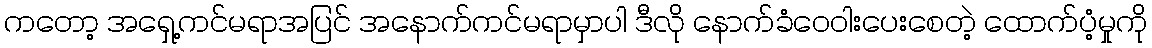
ကတော့ အရှေ့ကင်မရာအပြင် အနောက်ကင်မရာမှာပါ ဒီလို နောက်ခံဝေဝါးပေးစေတဲ့ ထောက်ပံ့မှုကို